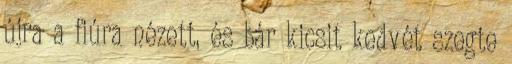
újra a fiúra nézett, és bár kicsit kedvét szegte